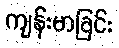
ကျန်းမာခြင်း